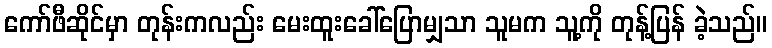
ကော်ဖီဆိုင်မှာ တုန်းကလည်း မေးထူးခေါ်ပြောမျှသာ သူမက သူ့ကို တုန့်ပြန် ခဲ့သည်။